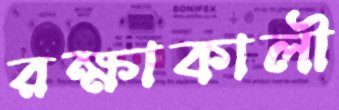
রক্ষাকালী